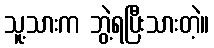
သူ့သားက ဘွဲ့ရပြီးသားတဲ့။